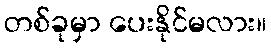
တစ်ခုမှာ ပေးနိုင်မလား။